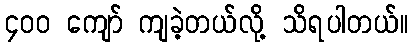
၄၀၀ ကျော် ကျခဲ့တယ်လို့ သိရပါတယ်။